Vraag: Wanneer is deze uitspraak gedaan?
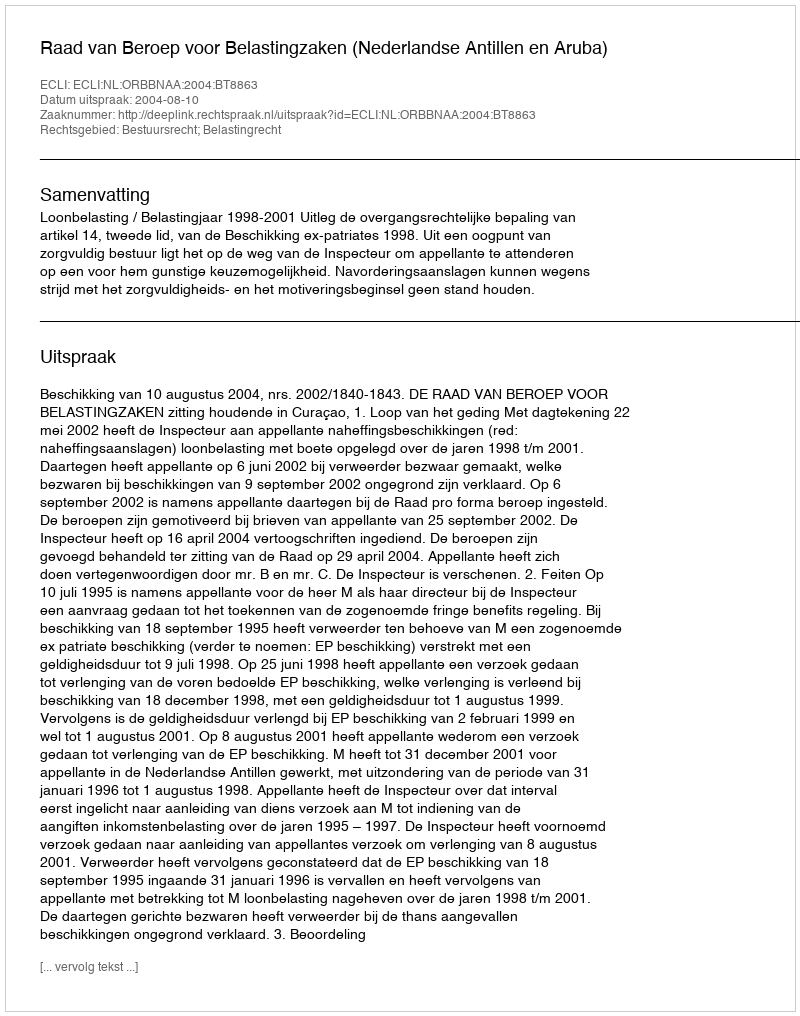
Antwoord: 2004-08-10